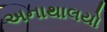
અનાથાલયો